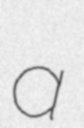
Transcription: a